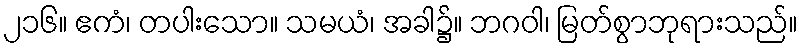
၂၁၆။ ဧကံ၊ တပါးသော။ သမယံ၊ အခါ၌။ ဘဂဝါ၊ မြတ်စွာဘုရားသည်။